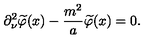
\partial _ { \nu } ^ { 2 } \widetilde { \varphi } ( x ) - \frac { m ^ { 2 } } { a } \widetilde { \varphi } ( x ) = 0 .